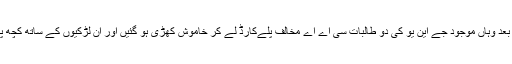
عارف محمد خان کا یہ بیان سننے کے بعد وہاں موجود جے این یو کی دو طالبات سی اے اے مخالف پلےکارڈ لے کر خاموش کھڑی ہو گئیں اور ان لڑکیوں کے ساتھ کچھ پروفیسر حضرات بھی کھڑے ہو گئے ۔